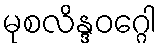
မုစလိန္ဒဝဂ္ဂေါ